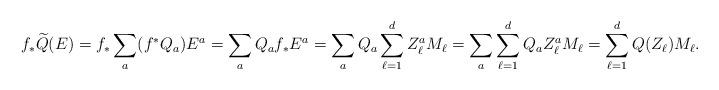
LaTeX: \begin{align*} f_*\widetilde{Q}(E) & =f_* \sum_a (f^* Q_a) E^a = \sum_a Q_a f_* E^a = \sum_a Q_a \sum_{\ell=1}^d Z_\ell^{a} M_\ell = \sum_{a} \sum_{\ell=1}^d Q_a Z_\ell^{a} M_\ell = \sum_{\ell=1}^d {Q}(Z_\ell) M_\ell. \end{align*}